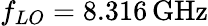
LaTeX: f_{LO}=8.316\, \mathrm{GHz}